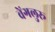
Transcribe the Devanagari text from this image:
वेंगलुरू